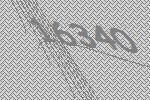
16340